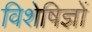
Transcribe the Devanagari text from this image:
विशेषिज्ञों